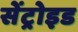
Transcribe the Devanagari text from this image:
सेंट्रोइड